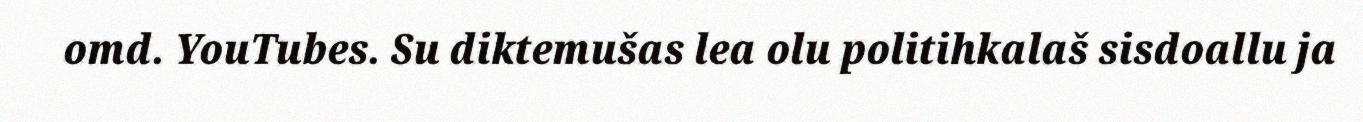
omd. YouTubes. Su diktemušas lea olu politihkalaš sisdoallu ja